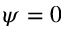
\psi = 0